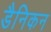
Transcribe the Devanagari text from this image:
डैनिकन